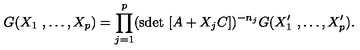
G ( X _ { 1 } \ , \dots , X _ { p } ) = \prod _ { j = 1 } ^ { p } ( \mathrm { s d e t } \ [ A + X _ { j } C ] ) ^ { - n _ { j } } G ( X _ { 1 } ^ { \prime } \ , \dots , X _ { p } ^ { \prime } ) .